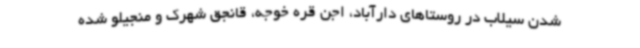
شدن سیلاب در روستاهای دارآباد، اجن قره خوجه، قانجق شهرک و منجیلو شده